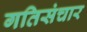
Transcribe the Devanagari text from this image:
गतिसंचार